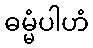
ဓမ္မံပါဟံ